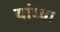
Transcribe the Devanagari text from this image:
यांव्या